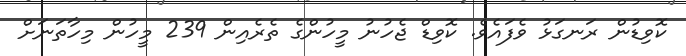
ކޮވިޑުން ރަނގަޅު ވެފައެވެ. ކޮވިޑް ޖެހުނު މީހުންގެ ތެރެއިން 239 މީހުން މިހާތަނަށް